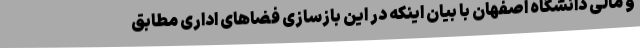
و مالی دانشگاه اصفهان با بیان اینکه در این بازسازی فضاهای اداری مطابق